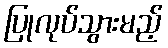
ပြုလုပ်သွားမည့်